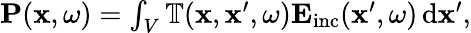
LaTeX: \begin{array}{r}{\mathbf{P}(\mathbf{x},\omega)=\int_{V}\mathbb{T}(\mathbf{x},\mathbf{x}^{\prime},\omega)\mathbf{E}_{\mathrm{inc}}(\mathbf{x}^{\prime},\omega)\, \mathrm{d}\mathbf{x}^{\prime},}\end{array}